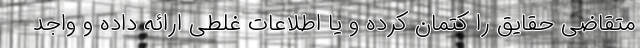
متقاضی حقایق‌ را کتمان‌ کرده‌ و یا اطلاعات غلطی ارائه داده و واجد